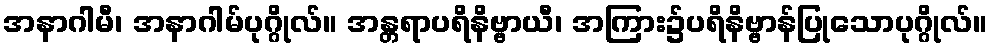
အနာဂါမီ၊ အနာဂါမ်ပုဂ္ဂိုလ်။ အန္တရာပရိနိဗ္ဗာယီ၊ အကြား၌ပရိနိဗ္ဗာန်ပြုသောပုဂ္ဂိုလ်။